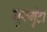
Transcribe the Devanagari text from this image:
गुरुगुंटा